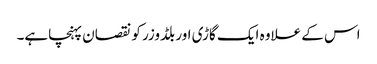
اس کے علاوہ ایک گاڑی اور بلڈوزر کو نقصان پہنچاہے۔